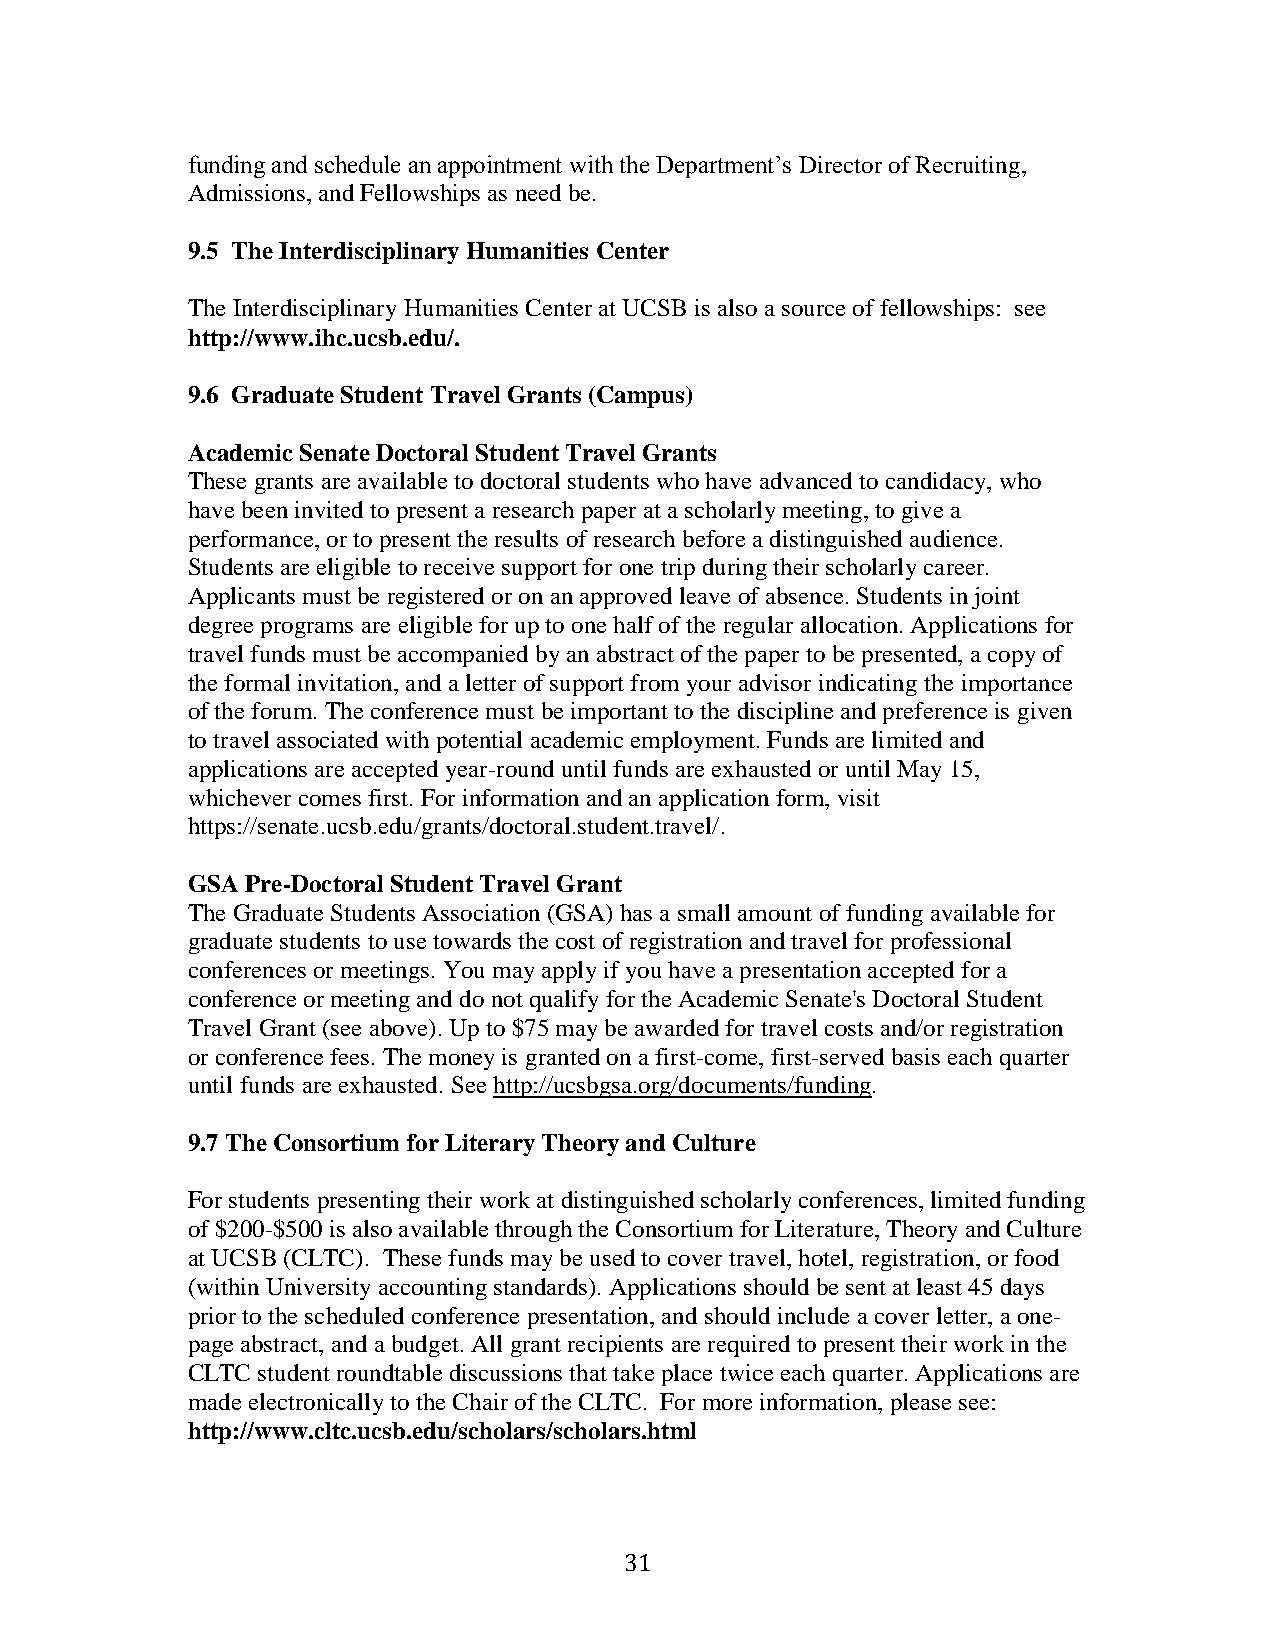
funding and schedule an appointment with the Department’s Director of Recruiting,
 Admissions, and Fellowships as need be.
 9.5 The Interdisciplinary Humanities Center
 The Interdisciplinary Humanities Center at UCSB is also a source of fellowships: see
 http://www.ihc.ucsb.edu/.
 9.6 Graduate Student Travel Grants (Campus)
 Academic Senate Doctoral Student Travel Grants
 These grants are available to doctoral students who have advanced to candidacy, who
 have been invited to present a research paper at a scholarly meeting, to give a
 performance, or to present the results of research before a distinguished audience.
 Students are eligible to receive support for one trip during their scholarly career.
 Applicants must be registered or on an approved leave of absence. Students in joint
 degree programs are eligible for up to one half of the regular allocation. Applications for
 travel funds must be accompanied by an abstract of the paper to be presented, a copy of
 the formal invitation, and a letter of support from your advisor indicating the importance
 of the forum. The conference must be important to the discipline and preference is given
 to travel associated with potential academic employment. Funds are limited and
 applications are accepted year-round until funds are exhausted or until May 15,
 whichever comes first. For information and an application form, visit
 https://senate.ucsb.edu/grants/doctoral.student.travel/.
 GSA Pre-Doctoral Student Travel Grant
 The Graduate Students Association (GSA) has a small amount of funding available for
 graduate students to use towards the cost of registration and travel for professional
 conferences or meetings. You may apply if you have a presentation accepted for a
 conference or meeting and do not qualify for the Academic Senate's Doctoral Student
 Travel Grant (see above). Up to $75 may be awarded for travel costs and/or registration
 or conference fees. The money is granted on a first-come, first-served basis each quarter
 until funds are exhausted. See http://ucsbgsa.org/documents/funding.
 9.7 The Consortium for Literary Theory and Culture
 For students presenting their work at distinguished scholarly conferences, limited funding
 of $200-$500 is also available through the Consortium for Literature, Theory and Culture
 at UCSB (CLTC). These funds may be used to cover travel, hotel, registration, or food
 (within University accounting standards). Applications should be sent at least 45 days
 prior to the scheduled conference presentation, and should include a cover letter, a one-
 page abstract, and a budget. All grant recipients are required to present their work in the
 CLTC student roundtable discussions that take place twice each quarter. Applications are
 made electronically to the Chair of the CLTC. For more information, please see:
 http://www.cltc.ucsb.edu/scholars/scholars.html
 31